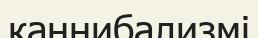
каннибализмі